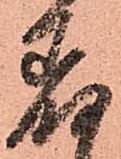
着